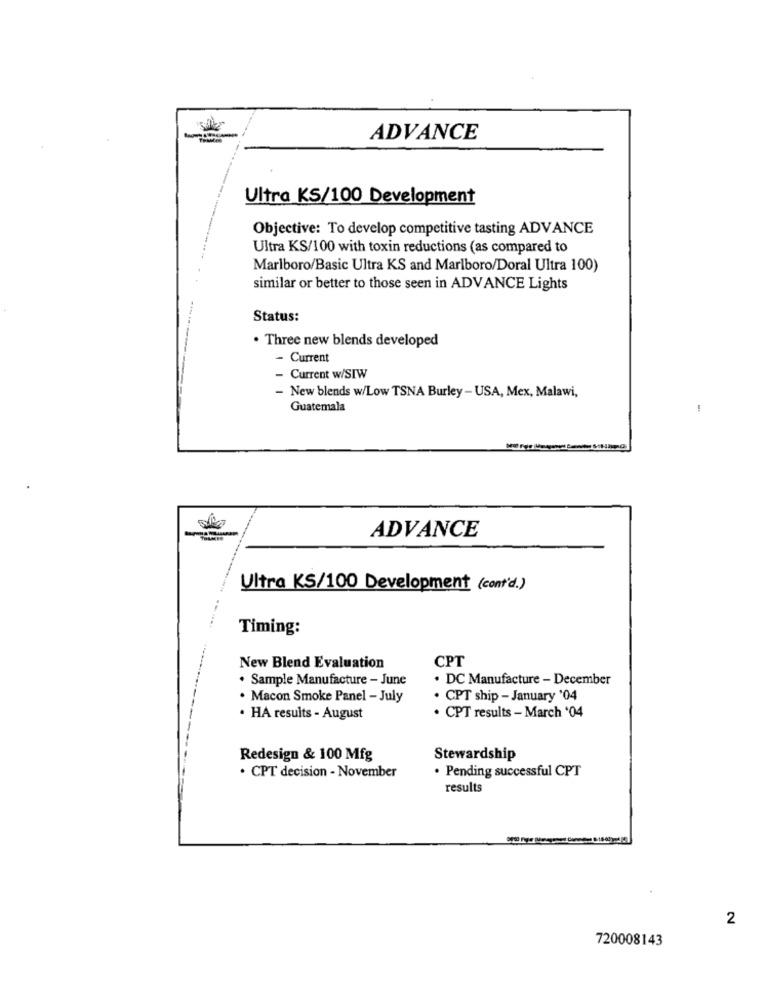
ADVANCE
Ultra KS/100 Development
Objective: To develop competitive tasting ADVANCE
Ultra KS/100 with toxin reductions (as compared to
Marlboro/Basic Ultra KS and Marlboro/Doral Ultra 100)
similar or better to those seen in ADVANCE Lights
Status:
. Three new blends developed
- Current
- Current w/SIW
- New blends w/Low TSNA Burley - USA, Mex, Malawi,
Guatemala
-
ADVANCE
Ultra KS/100 Development (cont'd.)
Timing:
CPT
New Blend Evaluation
. Sample Manufacture - June
. DC Manufacture - December
. Macon Smoke Panel - July
. CPT ship - January '04
. HA results - August
.CPT results - March '04
Redesign & 100 Mfg
Stewardship
· Pending successful CPT
. CPT decision - November
results
2
720008143